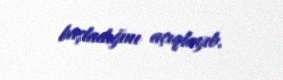
başladığını açıqlayıb.